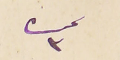
نمره ٣